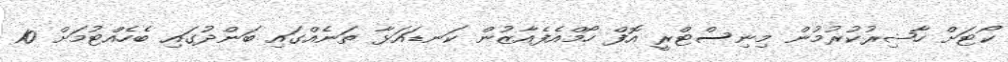
ކޯޓަށް ހާޟިރުކުރުމުން މިނިސްޓްރީ އޮފް ހޯމްއެފެއާޒުން ކަނޑައަޅާ ތަނެއްގައި ބަންދުގައި ބެހެއްޓުމަށް 10